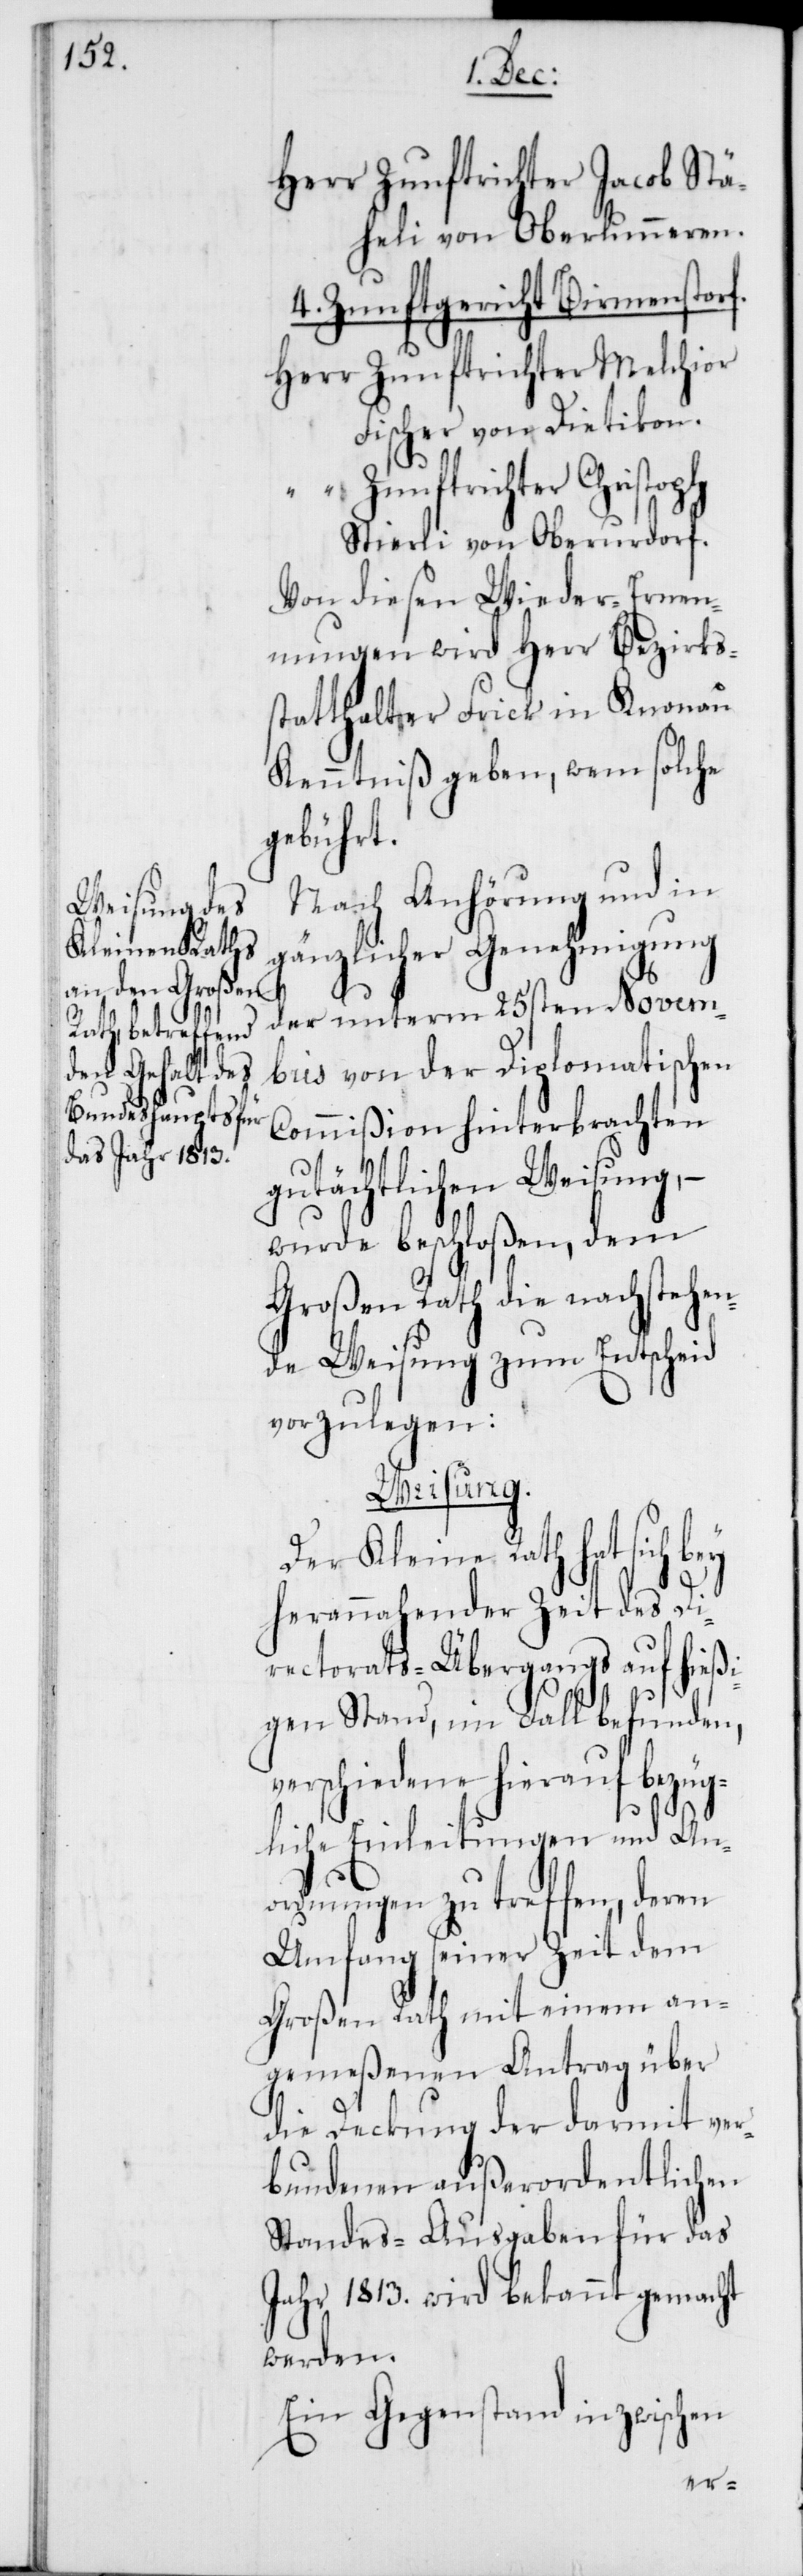
Zunftrichter Jacob Stä¬
heli von Oberlunneren.
4. Zunftgericht Birmenstorf.
Fischer von Dietikon.
Zunftrichter Christoph
Stierli von Oberurdorf.
Von diesen Wieder-Ernen¬
nungen wird Herr Bezirks¬
statthalter Frick in Knonau
Kenntniß geben, wem solche
gebührt.
Nach Anhörung und in
gänzlicher Genehmigung
der unterm 25sten Novem¬
bris von der Diplomatischen
Commißion hinterbrachten
gutächtlichen Weisung, –
wurde beschloßen, dem
Grosen Rath die nachstehen¬
de Weisung zum Entscheid
vorzulegen:
Weisung.
Der Kleine Rath hat sich
herannahender Zeit des Di¬
rectorats-Übergangs auf hießi¬
gen Stand, im Fall befunden,
verschiedene hierauf bezüg¬
liche Einleitungen und An¬
ordnungen zu treffen, deren
Umfang seiner Zeit dem
Großen Rath mit einem an¬
gemeßenen Antrag über
die Deckung der darmit ver¬
bundenen außerordentlichen
Standes-Ausgaben für das
Jahr 1813. wird bekannt gemacht
werden.
Ein Gegenstand inzwischen